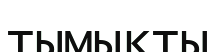
тымықты